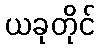
ယခုတိုင်